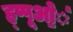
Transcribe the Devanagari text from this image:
ह्प्पूओ॒॒॒॑